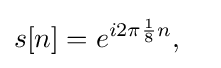
s[n]=e^{i2\pi {\frac {1}{8}}n},\quad